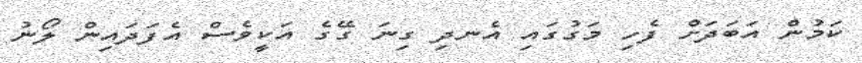
ކަމުން އަބަދަށް ފެހި މަގުގައި އެނދި ގިނަ ގޭގެ އަކީވެސް އެފަދައިން ލޯނު